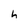
Character: h